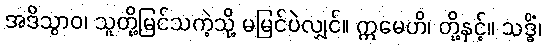
အဒိသွာဝ၊ သူတို့မြင်သကဲ့သို့ မမြင်ပဲလျှင်။ ဣမေဟိ၊ တို့နှင့်။ သဒ္ဓိံ၊